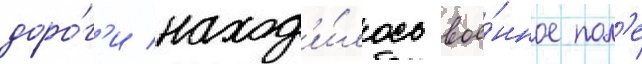
доро́г'и наход'и́лось вое́нное пол'е